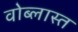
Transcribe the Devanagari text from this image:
वोब्लास्त